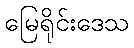
မြေရိုင်းဒေသ